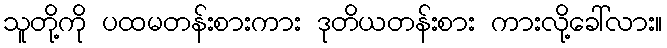
သူတို့ကို ပထမတန်းစားကား ဒုတိယတန်းစား ကားလို့ခေါ်လား။